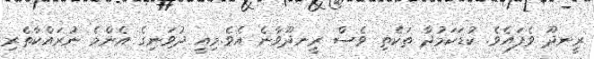
ރީނދޫ ވެފައެވެ. ކުޑަކަމުދާ ތަކެތި ވެސް ރީނދޫވާނެ އެވެ.މިއީ ދުވަނިގެ އެންމެ ނުރައްކާތެރި